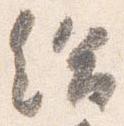
給